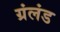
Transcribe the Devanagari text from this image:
ग्रंलंड